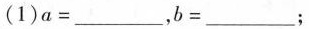
(1)a=___，b=___；